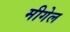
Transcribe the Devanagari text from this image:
मीगेल